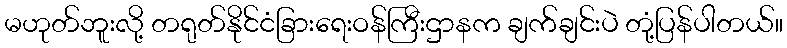
မဟုတ်ဘူးလို့ တရုတ်နိုင်ငံခြားရေးဝန်ကြီးဌာနက ချက်ချင်းပဲ တုံ့ပြန်ပါတယ်။